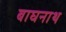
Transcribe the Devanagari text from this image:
बाघनाथ